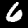
Label: 6